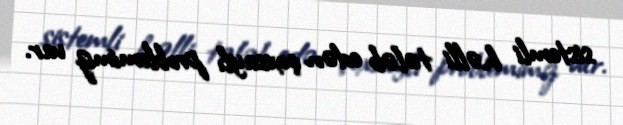
sistemli həlli tələb edən çoxsaylı problemimiz var.